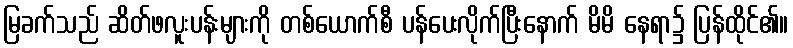
မြခက်သည် ဆိတ်ဖလူးပန်းများကို တစ်ယောက်စီ ပန်ပေးလိုက်ပြီးနောက် မိမိ နေရာ၌ ပြန်ထိုင်၏။